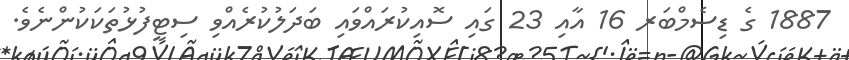
1887 ގެ ޑިސެމްބަރ 16 އާއި 23 ގައި ސޮއިކުރައްވައި ބަދަލުކުރެއްވި ސިޓީފުޅުތަކަކުންނެވެ.